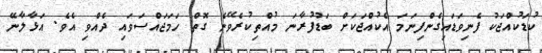
ކުޑަކުއްޖަކު ފެނިވަޑައިގެންފިނަމަ އެކުއްޖަކަށް ބަޑުފުރާނަ މުއްތިކުރެވޭނެ ގޮތް ހަމަޖައްސަވައި ދެއްވި އެވެ. އަޅާލާނޭ